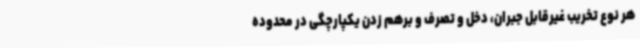
هر نوع تخریب غیرقابل جبران، دخل و تصرف و برهم زدن یکپارچگی در محدوده